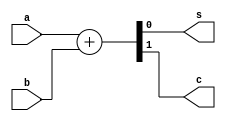
module Adder(input a,b, output s,c);
assign {c,s} = a+b;
endmodule